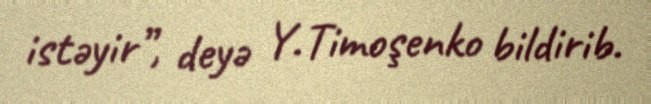
istəyir”, deyə Y.Timoşenko bildirib.